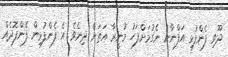
ދޫވި ފެންފުޅި އަފްނާނު ނެގުމަށްފަހު މުނީރާ އަތަށް ދިނެވެ. އެ ފެންފުޅިން ފެންފޮދެއް